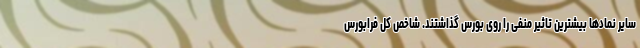
سایر نمادها بیشترین تاثیر منفی را روی بورس گذاشتند. شاخص کل فرابورس